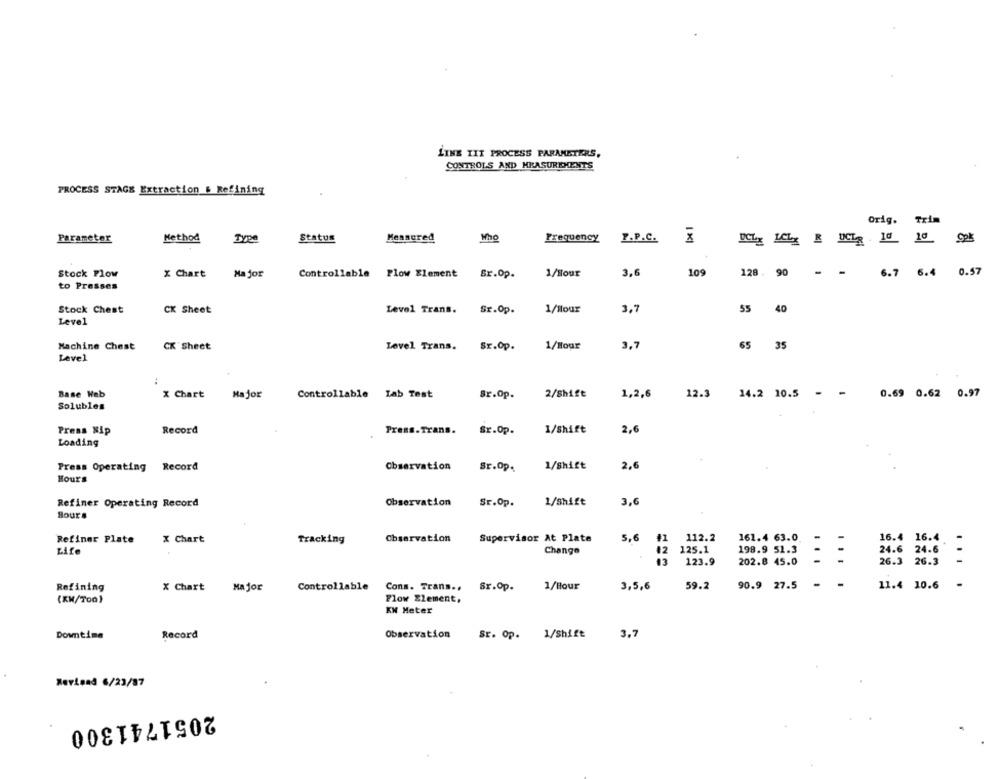
LINE TIT PROCESS PARAMETERS,
CONTROLS AND MEASUREMENTS
PROCESS STAGE Extraction # Refining
orig.
Trim
Parameter
Method
Type
Status
Measured
Who
Frequency
P.P.C.
Stock Plow
X Chart
Major
Controllable
Plow Element
Sr.Op.
1/Hour
3.6
109
128 . 90
-
6.7 6.4 0.57
to Presses
Stock Chest
CK Sheet
Level Trans.
Sr.Op.
1/Hour
3,7
55 40
Level
3.7
Machine Chest
CK Sheet
Level Trans.
Sr.Op.
1/Hour
65 35
Level
:
Base Web
X Chart
Major
Controllable Lab Test
Sr.Op.
2/Shift
1,2,6
12.3 14.2 10.5 - -
0.69 0.62 0.97
Solubles
Press Nip
Record
Press.Trans.
Sr.Op.
1/Shift
2,6
Loading
Press Operating
Record
Observation
Sr.Op.
1/shift
2,6
Hours
Refiner Operating Record
Observation
Sr.Op.
1/shift
3,6
Bours
Supervisor At Plate
5,6
41
112.2
161.4 63.0
Refiner Plate
X Chart
Tracking
Observation
16.4 16.4 .
Life
Change
12
125.1
198.9 51.3
24.6 24.6
13
123.9
202.8 45.0
-
26.3 26.3
-
90.9 27.5
11.4 10.6
Refining
X Chart
Major
Controllable Cons. Trans .. Sr.Op.
1/Hour
3,5,6
59.2
(KM/Too)
Flow Element,
KN Meter
Downtime
Record
Observation
SE. Op.
1/Shift
3.7
Revisad 6/23/87
2051741300